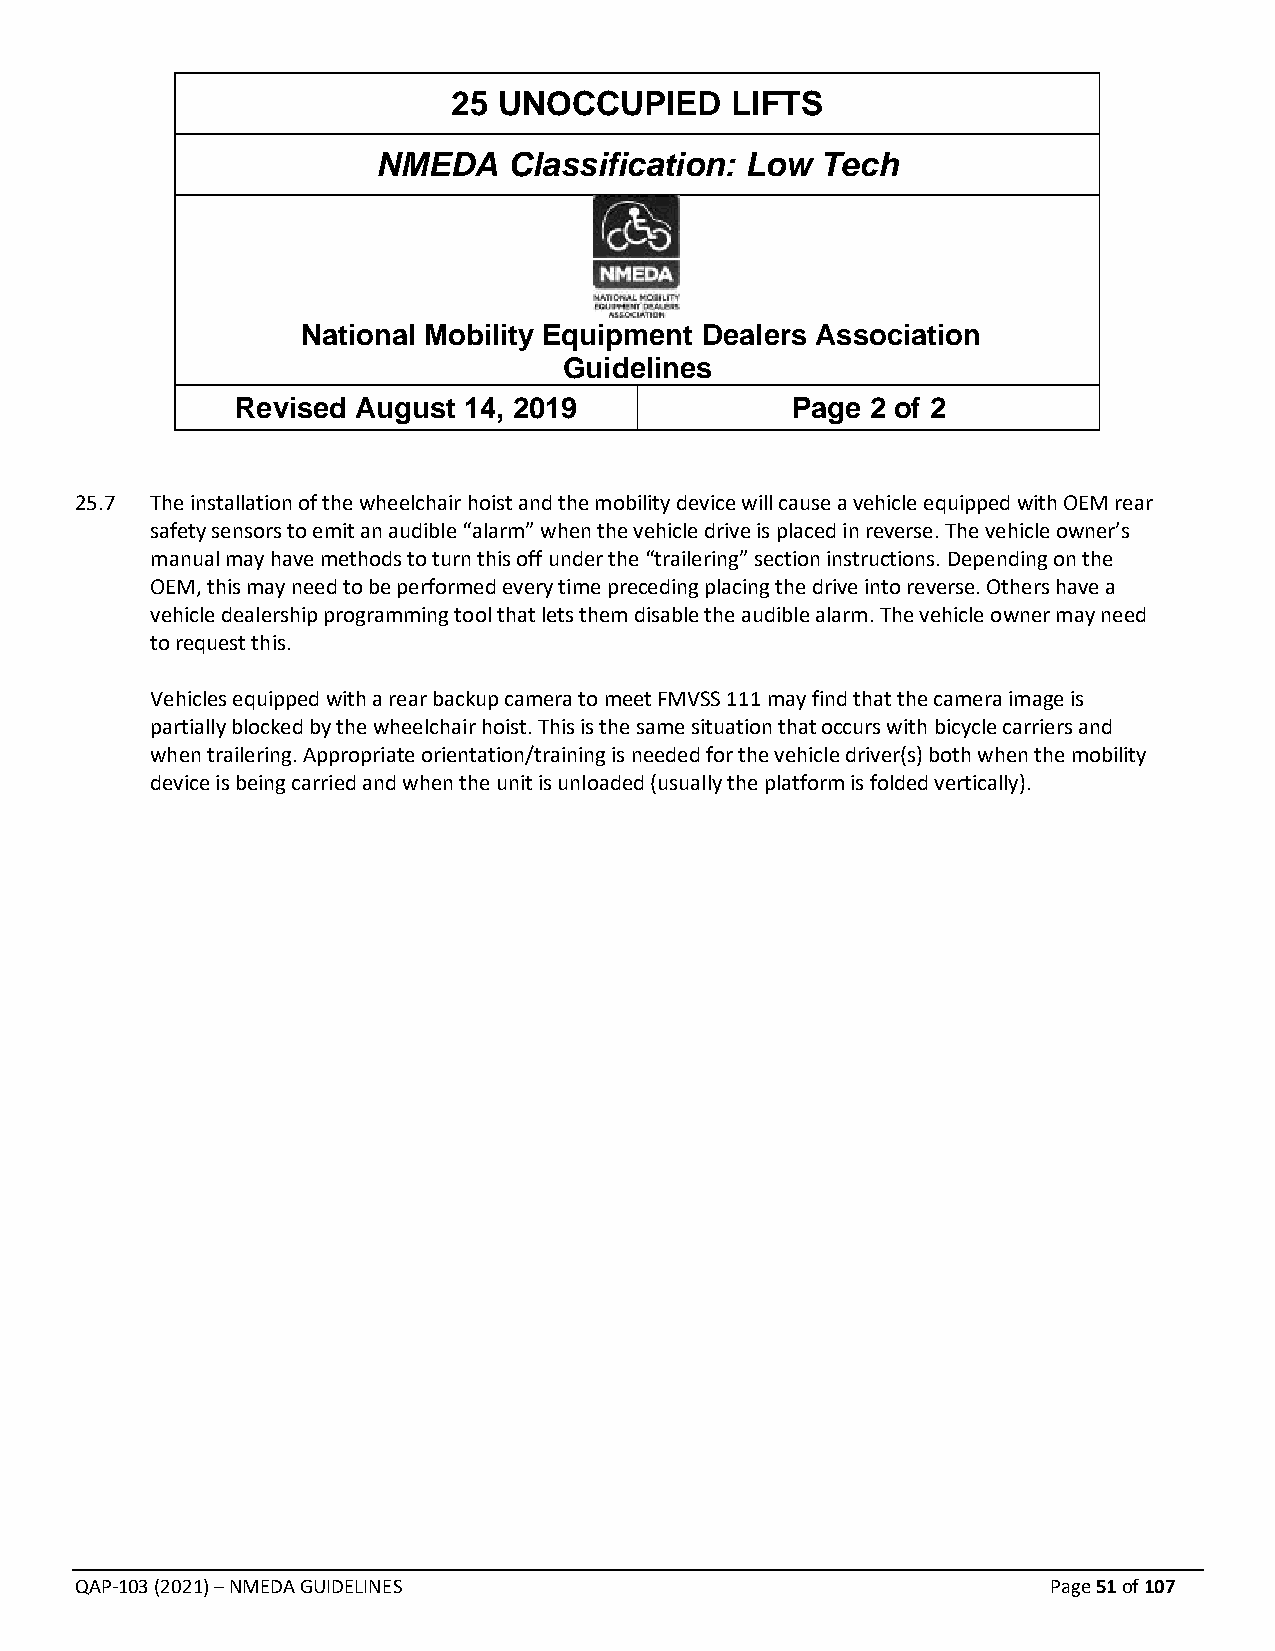
25 UNOCCUPIED     LIFTS
 NMEDA    Classification: Low Tech
 National Mobility Equipment Dealers Association
 Guidelines
 Revised August 14, 2019             Page  2 of 2
 25.7 The installation of the wheelchair hoist and the mobility device will cause a vehicle equipped with OEM rear
 safety sensors to emit an audible “alarm” when the vehicle drive is placed in reverse. The vehicle owner’s
 manual may have methods to turn this off under the “trailering” section instructions. Depending on the
 OEM, this may need to be performed every time preceding placing the drive into reverse. Others have a
 vehicle dealership programming tool that lets them disable the audible alarm. The vehicle owner may need
 to request this.
 Vehicles equipped with a rear backup camera to meet FMVSS 111 may find that the camera image is
 partially blocked by the wheelchair hoist. This is the same situation that occurs with bicycle carriers and
 when trailering. Appropriate orientation/training is needed for the vehicle driver(s) both when the mobility
 device is being carried and when the unit is unloaded (usually the platform is folded vertically).
 QAP-103 (2021) – NMEDA GUIDELINES                                Page 51 of 107